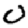
Digit: 0